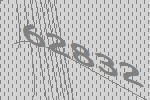
62832